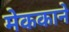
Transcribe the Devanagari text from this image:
मेककाने